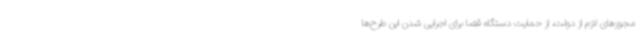
مجوزهای لازم از دولت، از حمایت دستگاه قضا برای اجرایی شدن این طرح‌ها